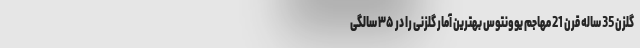
گلزن 35 ساله قرن 21 مهاجم یوونتوس بهترین آمار گلزنی را در ۳۵ سالگی